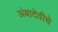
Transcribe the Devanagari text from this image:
अंबादेवीचे